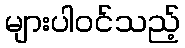
များပါဝင်သည့်